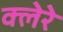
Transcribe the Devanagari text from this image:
क्लेरे